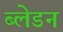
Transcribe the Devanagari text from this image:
ब्लेडन